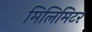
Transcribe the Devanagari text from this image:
मिलिमिटर